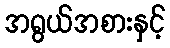
အရွယ်အစားနှင့်